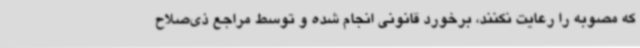
که مصوبه را رعایت نکنند، برخورد قانونی انجام شده و توسط مراجع ذی‌صلاح